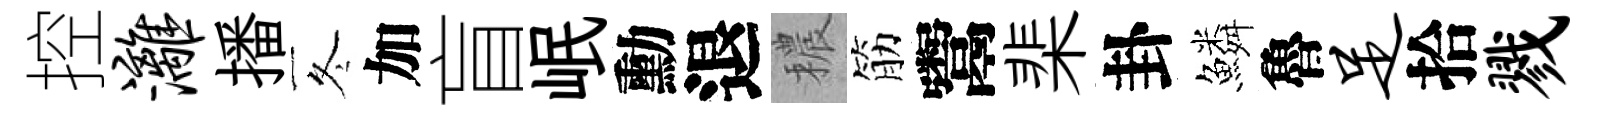
控漓播冬加盲岷勳退穠筋鬻棐卦鱗魯足拾戮